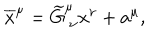
LaTeX: \overline { { { x } } } ^ { \mu } = \widetilde { G } _ { \ \nu } ^ { \mu } x ^ { \nu } + a ^ { \mu } ,